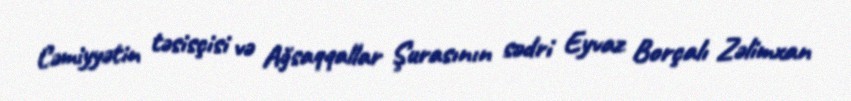
Cəmiyyətin təsisçisi və Ağsaqqallar Şurasının sədri Eyvaz Borçalı Zəlimxan